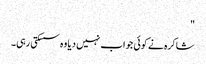
"
شاکرہ نے کوئی جواب نہیں دیا وہ سسکتی رہی۔